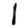
Digit: 1